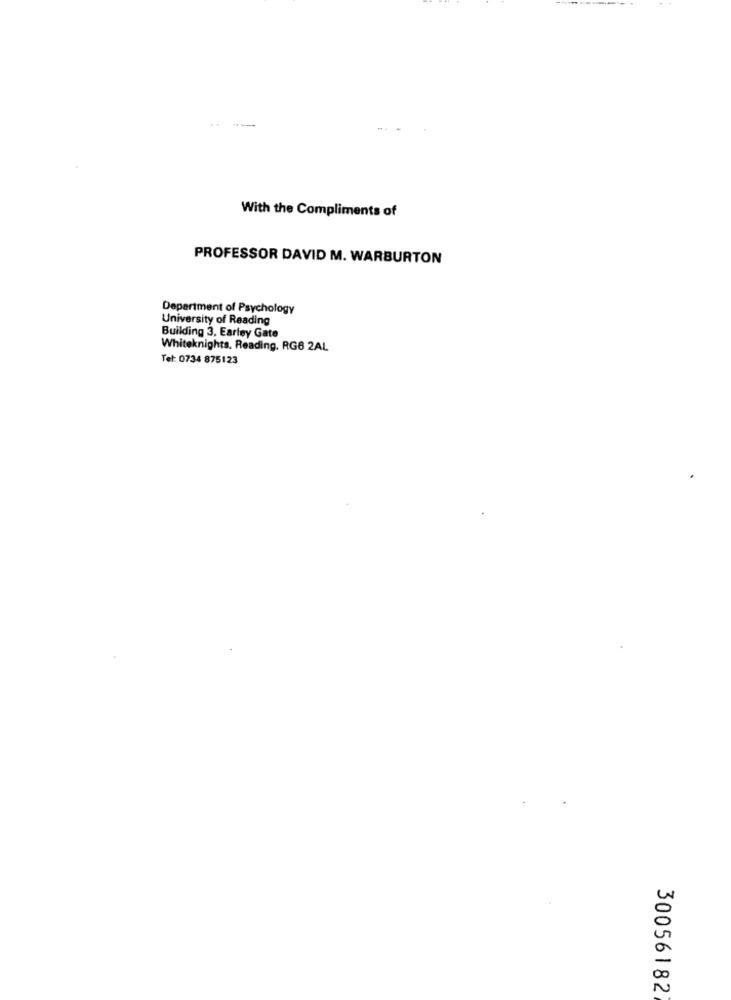
--
With the Compliments of
PROFESSOR DAVID M. WARBURTON
Department of Psychology
University of Reading
Building 3. Earley Gate
Whiteknights. Reading, RG6 2AL
Tel: 0734 875123
30056182